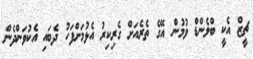
ޗީޒް އެކީ ބްލެންޑް ވުމުން އޭގެ ތެރެއަށް ގެރިކިރު އެޅުމަށްފަހު ދެބައި އެކުވަންދެން